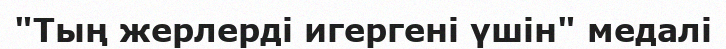
"Тың жерлерді игергені үшін" медалі